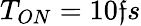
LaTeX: T_{ON}=10\mathfrak{f}s